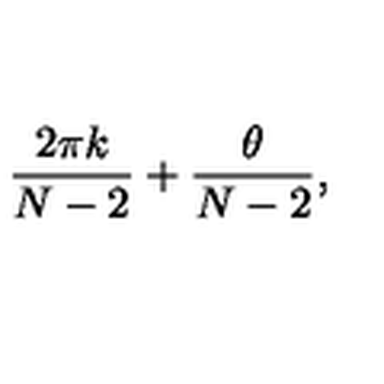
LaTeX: \frac { 2 \pi k } { N - 2 } + \frac { \theta } { N - 2 } ,